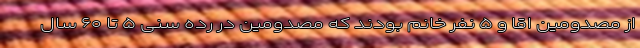
از مصدومین اقا و ۵ نفر خانم بودند که مصدومین در رده سنی ۵ تا ۶۰ سال